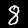
Label: 8